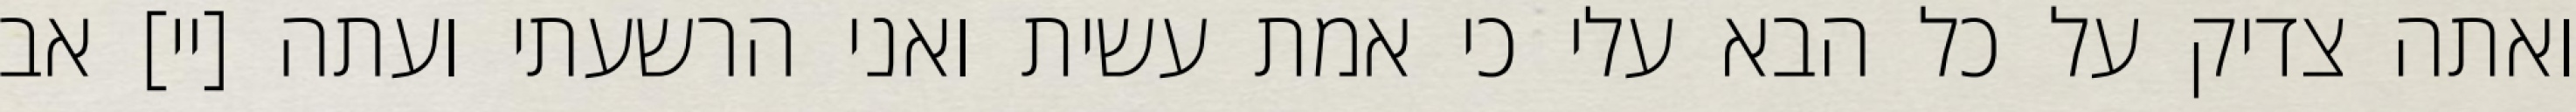
ואתה צדיק על כל הבא עלי כי אמת עשית ואני הרשעתי ועתה [יי] אב